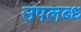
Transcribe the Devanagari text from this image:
उपलब्ध्‍